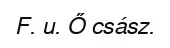
F. u. Ő csász.